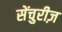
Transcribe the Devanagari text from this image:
सेंचुरीज़